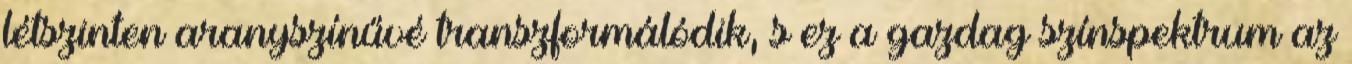
létszinten aranyszínűvé transzformálódik, s ez a gazdag színspektrum az